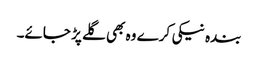
بندہ نیکی کرے وہ بھی گلے پڑ جائے۔